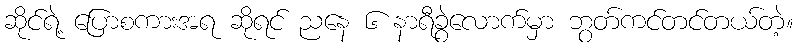
ဆိုင်ရဲ့ ပြောစကားအရ ဆိုရင် ညနေ ၆ နာရီခွဲလောက်မှာ ဘွတ်ကင်တင်တယ်တဲ့။